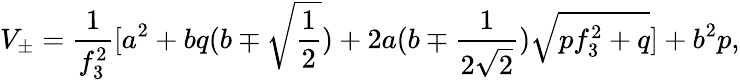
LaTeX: V_{\pm}=\frac{1}{f_{3}^{2}}\lbrack a^{2}+bq(b\mp\sqrt{\frac 12})+2a(b\mp\frac{1}{2\sqrt{2}})\sqrt{pf_{3}^{2}+q}\rbrack+b^{2}p,